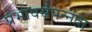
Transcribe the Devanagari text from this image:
प्रभावसंपन्नता